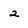
Character: 2